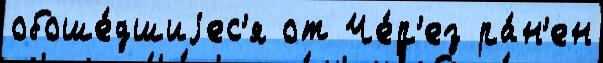
обоше́дшиjес'я от Че́р'ез ра́н'ен